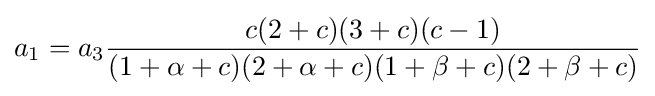
a_{1}=a_{3}{\frac {c(2+c)(3+c)(c-1)}{(1+\alpha +c)(2+\alpha +c)(1+\beta +c)(2+\beta +c)}}